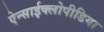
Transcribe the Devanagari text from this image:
ऐन्साईक्लोपीडिया